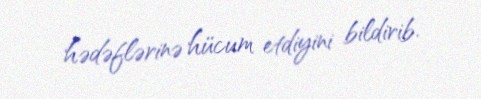
hədəflərinə hücum etdiyini bildirib.